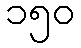
၁၅၀